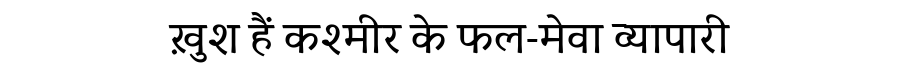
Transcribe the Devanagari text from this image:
ख़ुश हैं कश्मीर के फल-मेवा व्यापारी